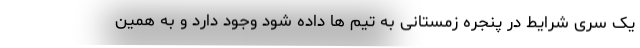
یک سری شرایط در پنجره زمستانی به تیم ها داده شود وجود دارد و به همین